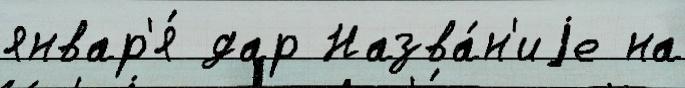
январ'я́ дар Назва́н'иjе на